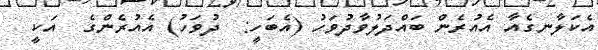
އެކަލާނގެއާ އެއުރެން ބައްދަލުވާދުވަހު (އެބަހީ:  ދުވަހު) އެއުރެންގެ  އަކީ